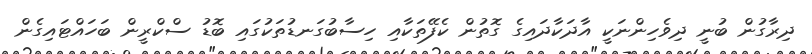
ދިރާގުން ބުނީ ދިވެހިންނަކީ އާދަކާދައިގެ ގޮތުން ކެފޭތަކާއި ހިސާބުގަނޑުތަކުގައި ބޮޑު ސްކްރީން ބަހައްޓައިގެން